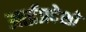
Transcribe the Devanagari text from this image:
आर्द्रप्रदेशों